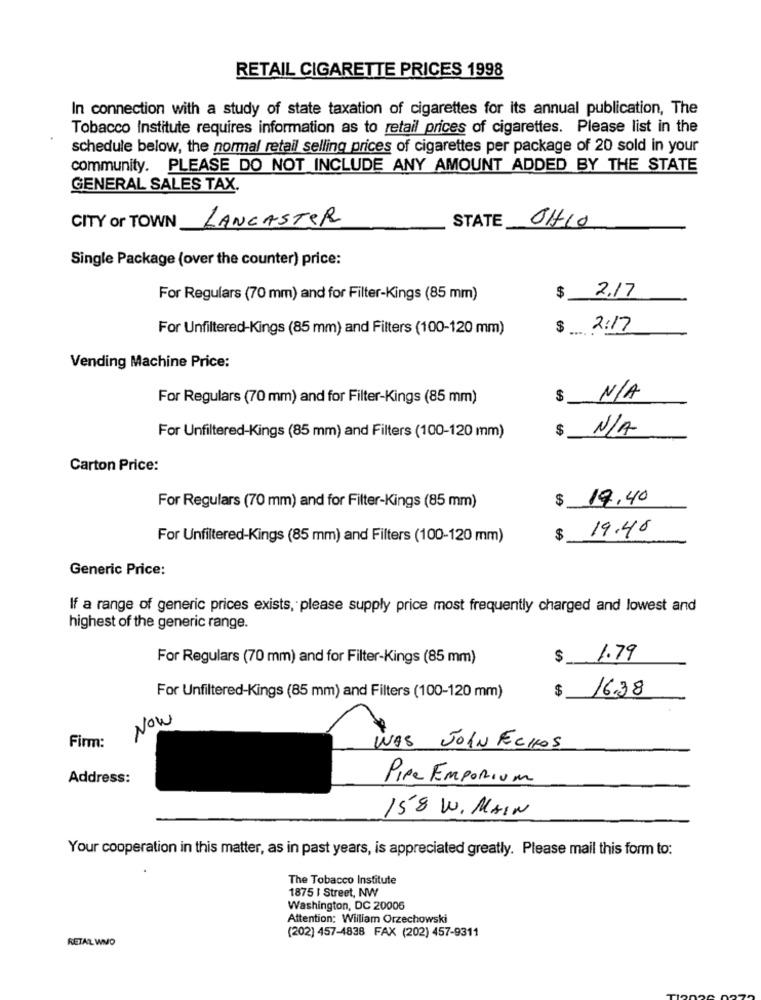
RETAIL CIGARETTE PRICES 1998
In connection with a study of state taxation of cigarettes for its annual publication, The
Tobacco Institute requires information as to retail prices of cigarettes. Please list in the
schedule below, the normal retail selling prices of cigarettes per package of 20 sold in your
community. PLEASE DO NOT INCLUDE ANY AMOUNT ADDED BY THE STATE
GENERAL SALES TAX.
LANCASTER
STATE
OHIO
CITY or TOWN
Single Package (over the counter) price:
2.17
For Regulars (70 mm) and for Filter-Kings (85 mm)
$
For Unfiltered-Kings (85 mm) and Filters (100-120 mm)
$
2:17
Vending Machine Price:
For Regulars (70 mm) and for Filter-Kings (85 mm)
$
$
For Unfiltered-Kings (85 mm) and Filters (100-120 mm)
Carton Price:
$
19,40
For Regulars (70 mm) and for Filter-Kings (85 mm)
19.46
For Unfiltered-Kings (85 mm) and Filters (100-120 mm)
$
Generic Price:
If a range of generic prices exists, please supply price most frequently charged and lowest and
highest of the generic range.
For Regulars (70 mm) and for Filter-Kings (85 mm)
$
1.79
$
16.38
For Unfiltered-Kings (85 mm) and Filters (100-120 mm)
Now
Firm:
WAS JOIN ECHOS
Address:
PIPE EMPORIUM
158 W. MAIN
Your cooperation in this matter, as in past years, is appreciated greatly. Please mail this form to:
The Tobacco Institute
1875 | Street, NW
Washington, DC 20006
Attention: William Orzechowski
RETAL WMO
(202) 457-4838 FAX (202) 457-9311